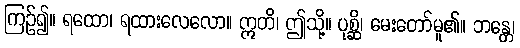
ကြဉ်၍။ ရထော၊ ရထားလေလော။ ဣတိ၊ ဤသို့။ ပုစ္ဆိ၊ မေးတော်မူ၏။ ဘန္တေ၊